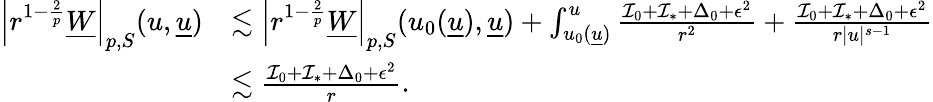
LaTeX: \begin{array}{rl}{\left|r^{1-\frac{2}{p}}\underline{{W}}\right|_{p,S}(u,{\underline{{u}}})}&{\lesssim\left|r^{1-\frac{2}{p}}\underline{{W}}\right|_{p,S}(u_{0}({\underline{{u}}}),{\underline{{u}}})+\int_{u_{0}({\underline{{u}}})}^{u}\frac{\mathcal{I}_{0}+\mathcal{I}_{*}+\Delta_{0}+\epsilon^{2}}{r^{2}}+\frac{\mathcal{I}_{0}+\mathcal{I}_{*}+\Delta_{0}+\epsilon^{2}}{r|u|^{s-1}}}\\ &{\lesssim\frac{\mathcal{I}_{0}+\mathcal{I}_{*}+\Delta_{0}+\epsilon^{2}}{r}.}\end{array}